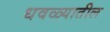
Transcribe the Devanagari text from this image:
धवळ्यातील